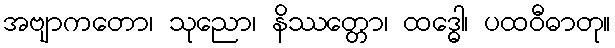
အဗျာကတော၊ သုညော၊ နိဿတ္တော၊ ထဒ္ဓေါ၊ ပထဝီဓာတု။